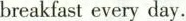
breakfast every day.